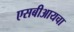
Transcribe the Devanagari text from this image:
एसबीआयचा